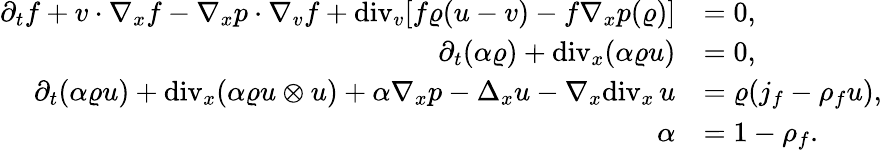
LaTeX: \begin{array}{rl}{\partial_{t}f+v\cdot\nabla_{x}f-\nabla_{x}p\cdot\nabla_{v}f+\mathrm{div}_{v}[f\varrho(u-v)-f\nabla_{x}p(\varrho)]}&{=0,}\\ {\partial_{t}(\alpha\varrho)+\mathrm{div}_{x}(\alpha\varrho u)}&{=0,}\\ {\partial_{t}(\alpha\varrho u)+\mathrm{div}_{x}(\alpha\varrho u\otimes u)+\alpha\nabla_{x}p-\Delta_{x}u-\nabla_{x}\mathrm{div}_{x}\, u}&{=\varrho(j_{f}-\rho_{f}u),}\\ {\alpha}&{=1-\rho_{f}.}\end{array}